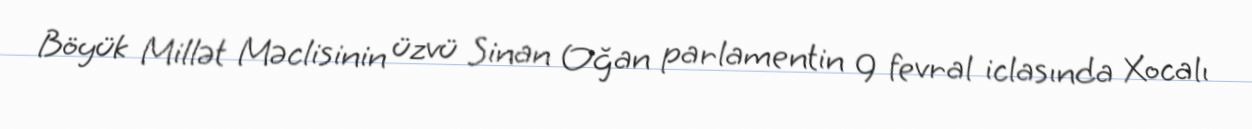
Böyük Millət Məclisinin üzvü Sinan Oğan parlamentin 9 fevral iclasında Xocalı